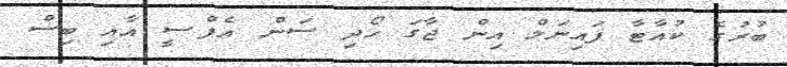
ބުރުގެ ކުއާޓާ ފައިނަލް އިން ޖާގަ ހޯދި ސަން އެފްސީ އާއި ބިސް